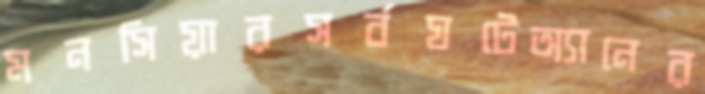
মনসিয়ারসর্বঘটেঅ্যানের